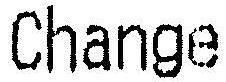
CHANGE